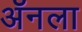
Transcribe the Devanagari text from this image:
ॲनला